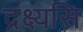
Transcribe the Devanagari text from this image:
द्रक्ष्यसि